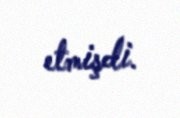
etmişdi.